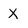
Character: X